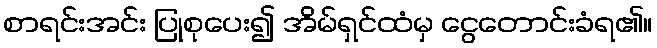
စာရင်းအင်း ပြုစုပေး၍ အိမ်ရှင်ထံမှ ငွေတောင်းခံရ၏။